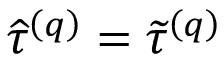
\widehat { \tau } ^ { \left( q \right) } = \widetilde { \tau } ^ { \left( q \right) }